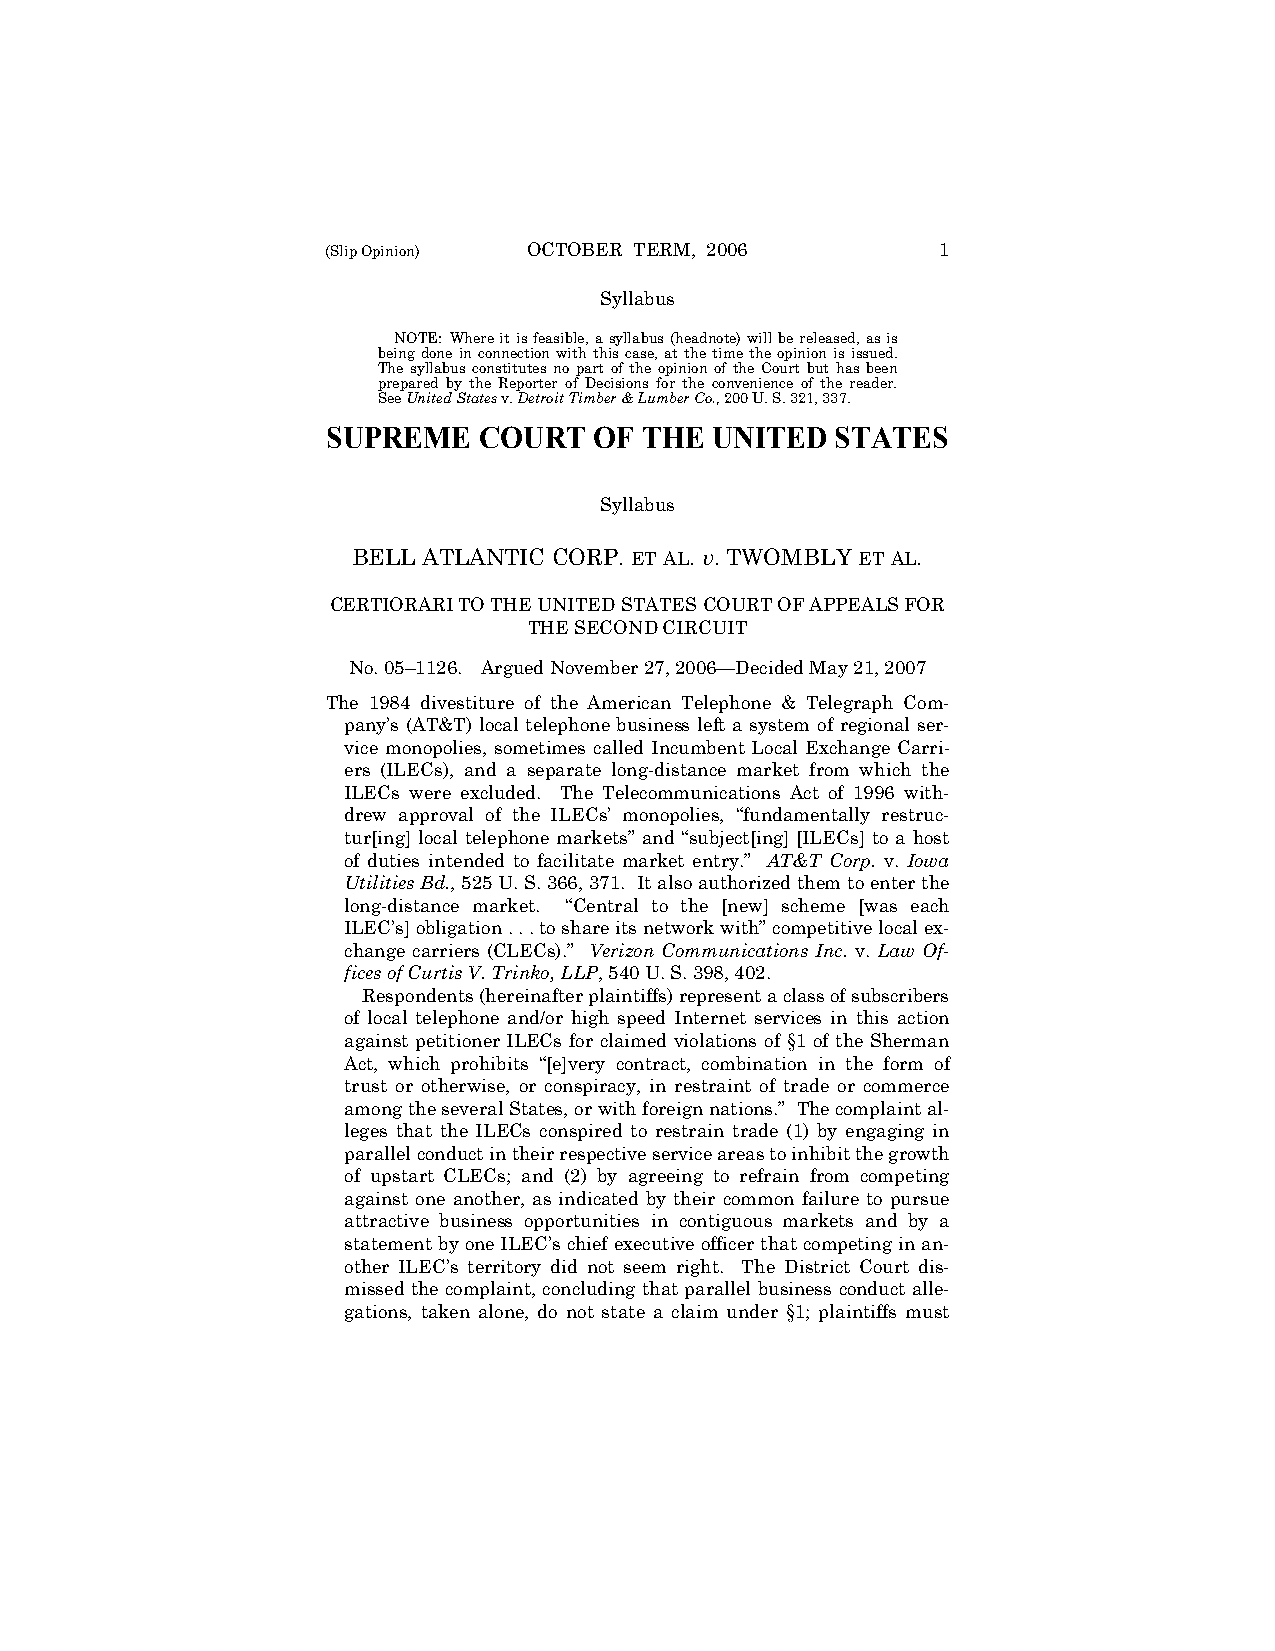
(Slip Opinion) OCTOBER TERM, 2006       1
 Syllabus
 NOTE: Where it is feasible, a syllabus (headnote) will be released, as is
 being done in connection with this case, at the time the opinion is issued.
 The syllabus constitutes no part of the opinion of the Court but has been
 prepared by the Reporter of Decisions for the convenience of the reader.
 See United States v. Detroit Timber & Lumber Co., 200 U. S. 321, 337.
 SUPREME   COURT  OF THE  UNITED  STATES
 Syllabus
 BELL ATLANTIC CORP. ET AL. v. TWOMBLY ET AL.
 CERTIORARI TO THE UNITED STATES COURT OF APPEALS FOR
 THE SECOND CIRCUIT
 No. 05–1126. Argued November 27, 2006—Decided May 21, 2007
 The 1984 divestiture of the American Telephone & Telegraph Com-
 pany’s (AT&T) local telephone business left a system of regional ser-
 vice monopolies, sometimes called Incumbent Local Exchange Carri-
 ers (ILECs), and a separate long-distance market from which the
 ILECs were excluded. The Telecommunications Act of 1996 with-
 drew approval of the ILECs’ monopolies, “fundamentally restruc-
 tur[ing] local telephone markets” and “subject[ing] [ILECs] to a host
 of duties intended to facilitate market entry.” AT&T Corp. v. Iowa
 Utilities Bd., 525 U. S. 366, 371. It also authorized them to enter the
 long-distance market. “Central to the [new] scheme [was each
 ILEC’s] obligation . . . to share its network with” competitive local ex-
 change carriers (CLECs).” Verizon Communications Inc. v. Law Of-
 fices of Curtis V. Trinko, LLP, 540 U. S. 398, 402.
 Respondents (hereinafter plaintiffs) represent a class of subscribers
 of local telephone and/or high speed Internet services in this action
 against petitioner ILECs for claimed violations of §1 of the Sherman
 Act, which prohibits “[e]very contract, combination in the form of
 trust or otherwise, or conspiracy, in restraint of trade or commerce
 among the several States, or with foreign nations.” The complaint al-
 leges that the ILECs conspired to restrain trade (1) by engaging in
 parallel conduct in their respective service areas to inhibit the growth
 of upstart CLECs; and (2) by agreeing to refrain from competing
 against one another, as indicated by their common failure to pursue
 attractive business opportunities in contiguous markets and by a
 statement by one ILEC’s chief executive officer that competing in an-
 other ILEC’s territory did not seem right. The District Court dis-
 missed the complaint, concluding that parallel business conduct alle-
 gations, taken alone, do not state a claim under §1; plaintiffs must